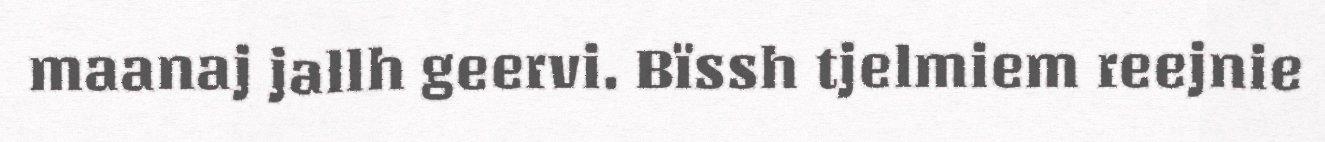
maanaj jallh geervi. Bïssh tjelmiem reejnie